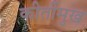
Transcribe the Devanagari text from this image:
कीर्तीमुख